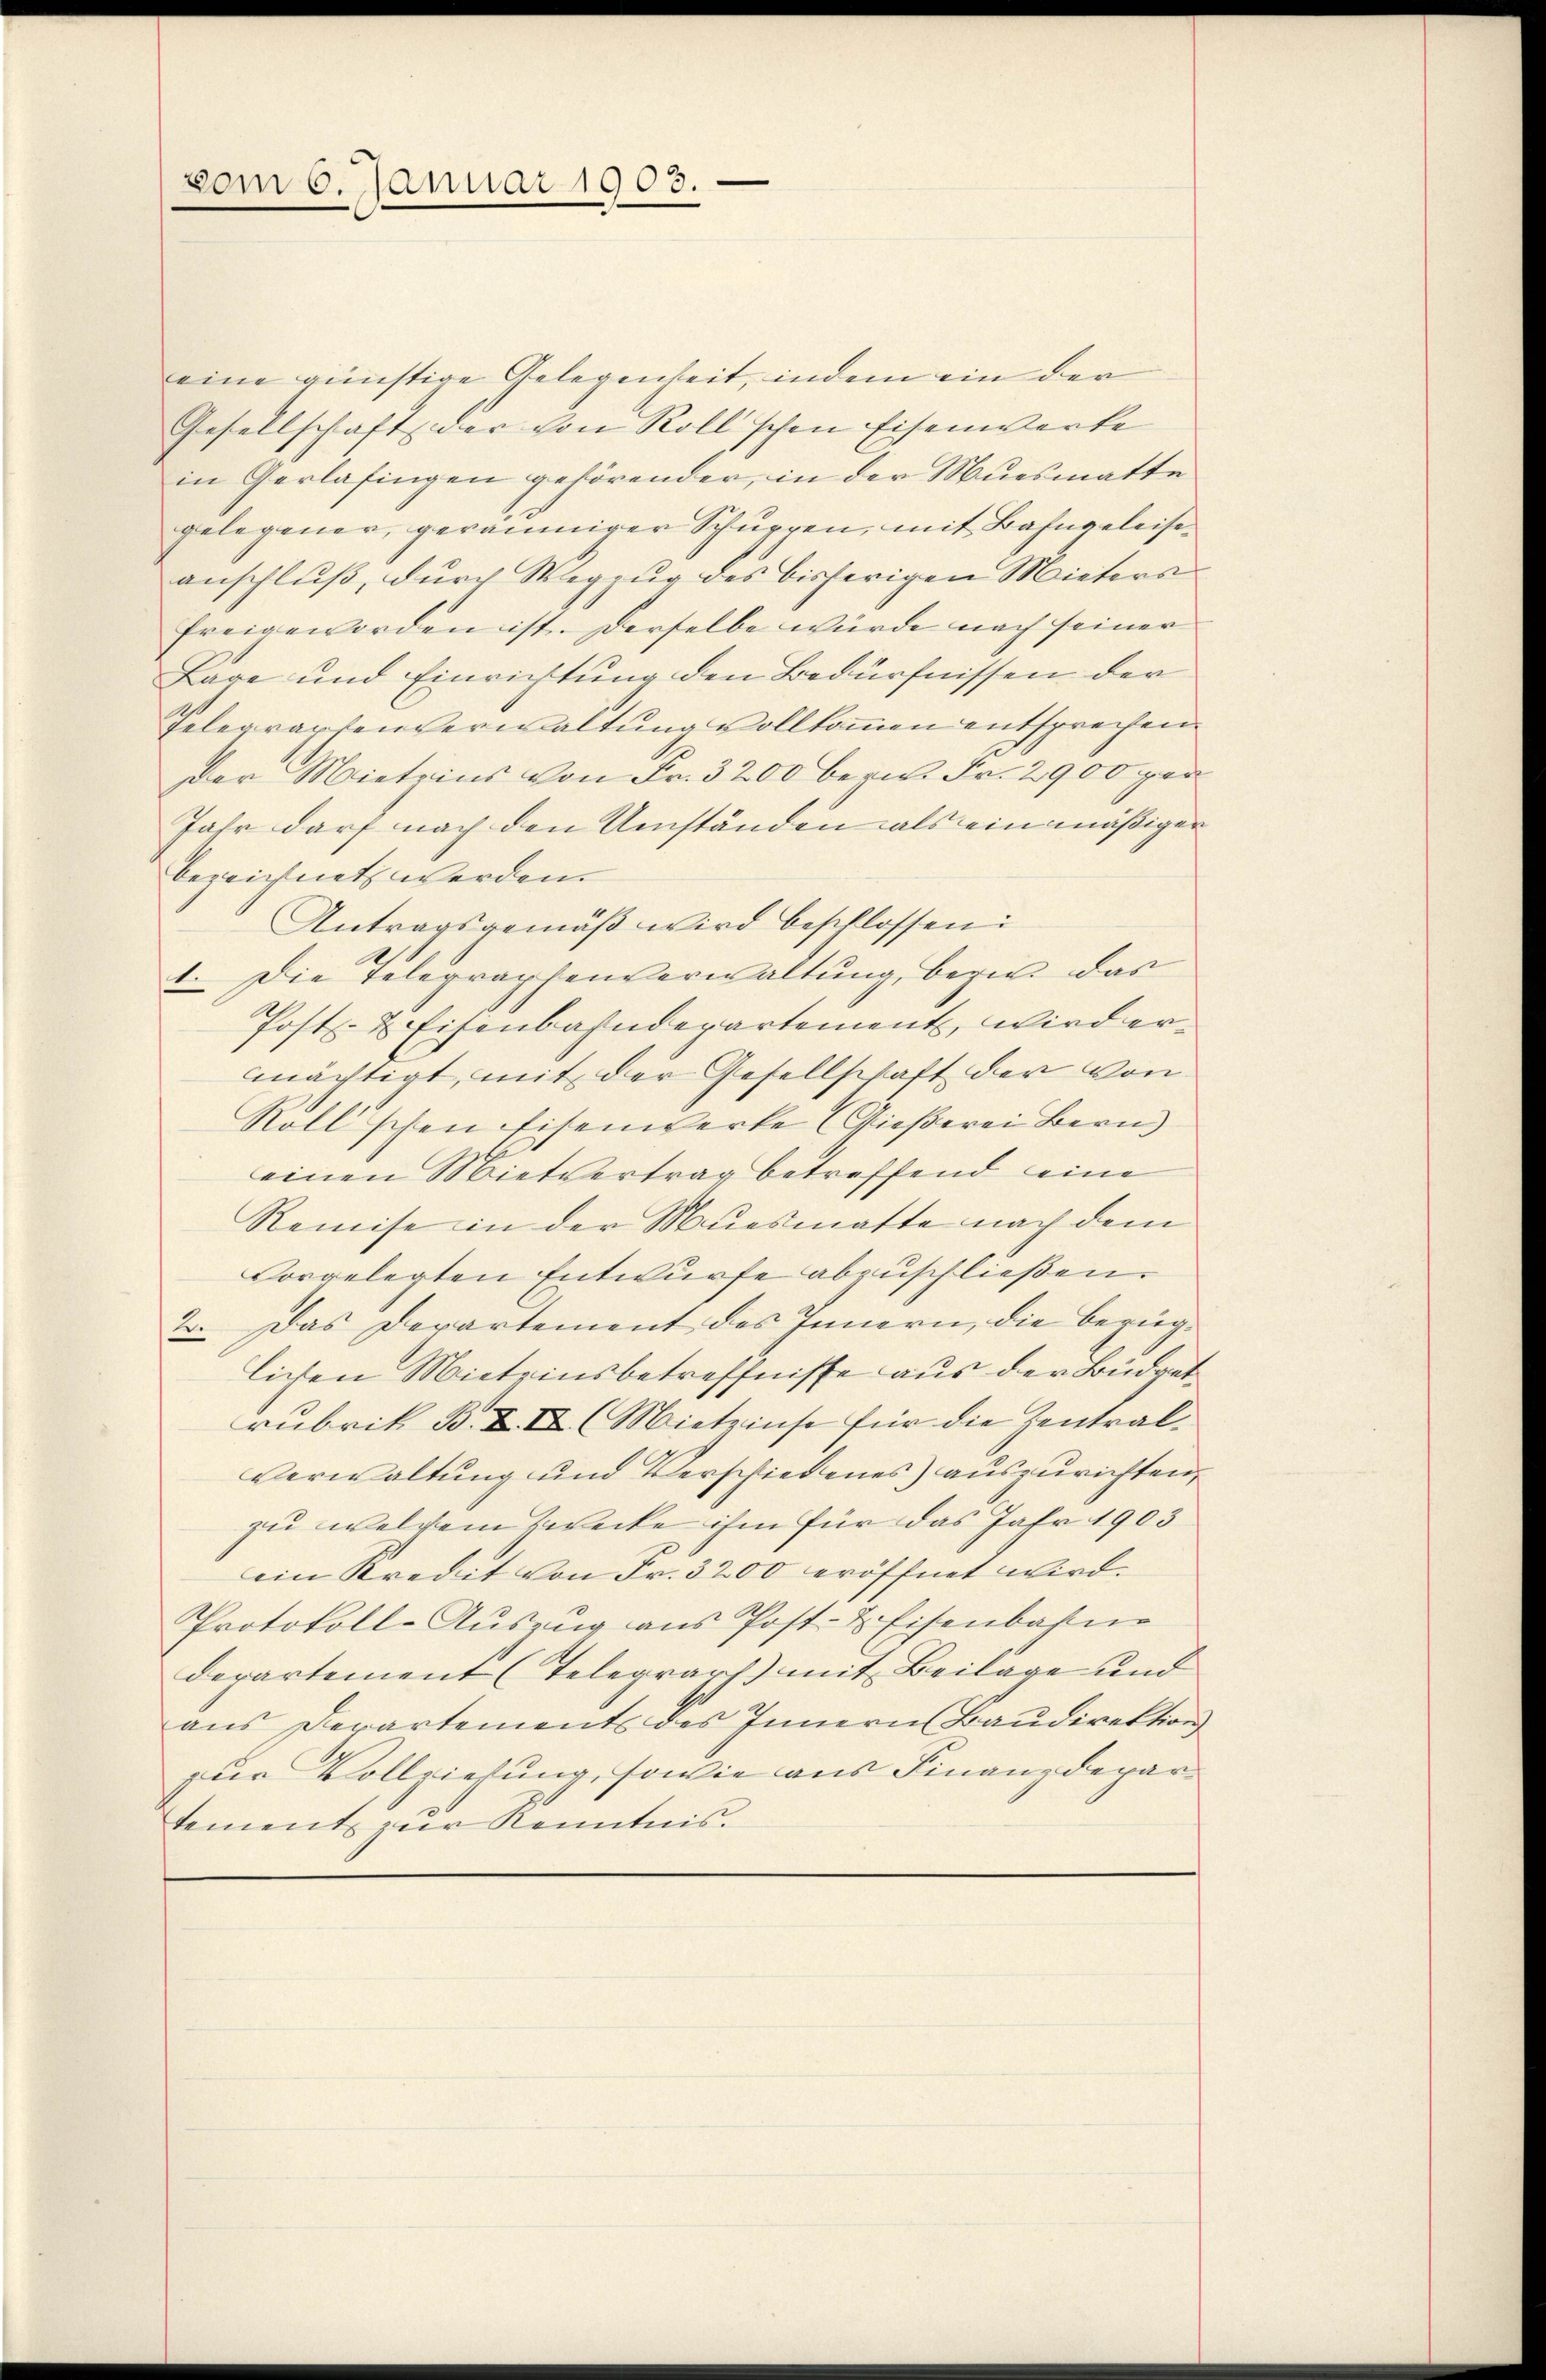
vom 6. Januar 1903.

eine günstige Gelegenheit, indem ein der
Gesellschaft der von Roll’schen Eisenwerke
in Gerlasingen gehörender, in der Muesmatte
gelegener, geräumiger Schurren, mit Bahngeleiseanschluß, durch Wegzug des bisherigen Mieters
freigeworden ist. Derselbe würde nach seiner
Pare und Einrichtung den Bedürfnissen der
Telegraphenverwaltung vollkommen entsprechen
der Miteins von Fr. 3200 bern. Fr. 2900 per
Jahr darf nach den Umständen als ein mäßiger
bezeichnet werden.
Antragsgemäß wird beschlossen:
1. Die Telegraphenverwaltung, bezir das
Post- & Eisenbahnderartement, wird ermächtigt, mit der Gesellschaft der von
Roll'schen Eisenwerke (Gießerei Bern
einen Mietvertrag betreffend eine
Remise in der Muesmatte nach dem
vorgelegten Entwurfe abzuschließen.
2. Das Departement des Innern, die bezüglichen Miteinsbetreffnisse aus der Büdgetrubrik B. Z II (Mieteinse für die Zentralverwaltung und Verschiedenes) auszurichten,
zu welchem Zwecke ihm für das Jahr 1903
ein Kredit von Fr. 3200 eröffnet wird.
Protokoll-Auszug aus Post- & Eisenbahne
departement (Telegraph) mit Beilage und
aus Departements des Innern Baudirektion
zur Vollziehung, sowie aus Finanzdepartement zur Kenntnis.